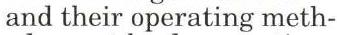
and their operating meth-